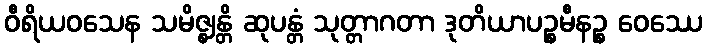
ဝီရိယဝသေန သမိဇ္ဈန္တိ ဆုပန္တံ သုတ္တာဂတာ ဒုတိယာပဉ္စမီနဉ္စ ဝေဿေ